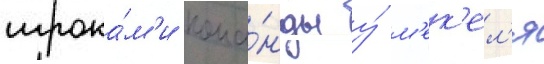
игрока́м'и кома́нды у́ м'ек'ел'я